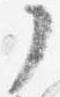
了